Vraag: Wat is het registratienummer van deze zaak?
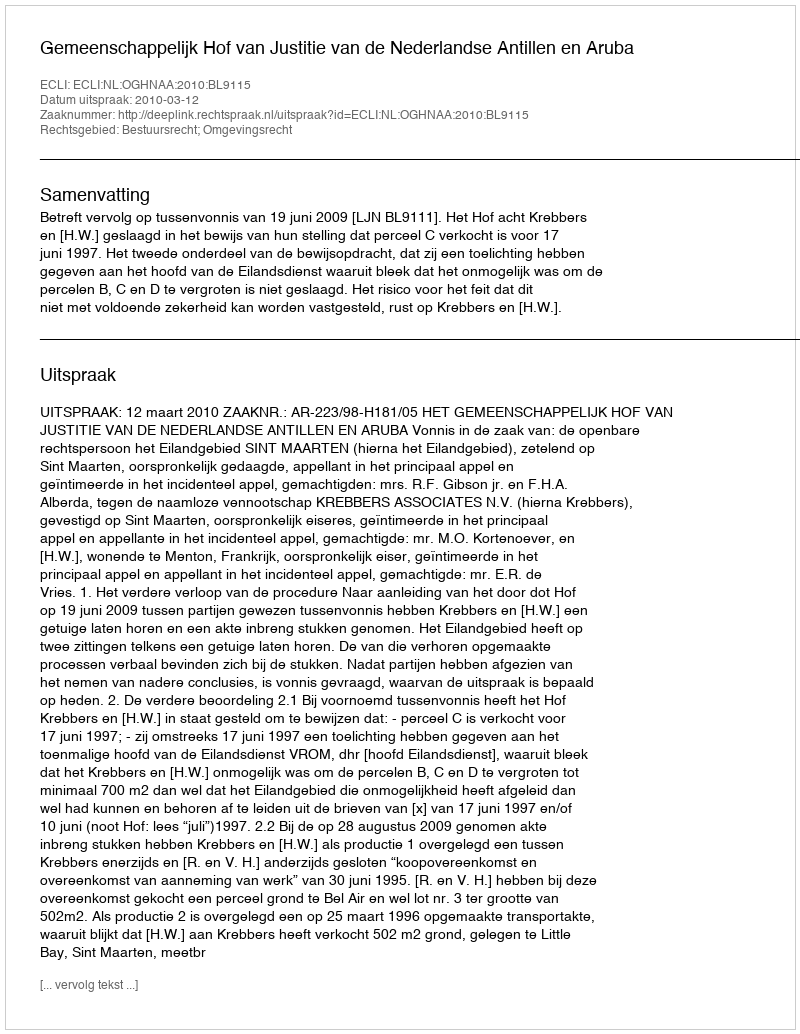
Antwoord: http://deeplink.rechtspraak.nl/uitspraak?id=ECLI:NL:OGHNAA:2010:BL9115